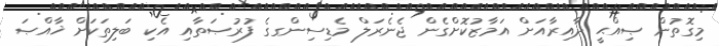
މިގޮތުން ޞިއްޙީ ދާއިރާއަށް އަމާޒުކޮށްގެން ޖެނެރަލް މެޑިސިންގގެ ފުރުޞަތާއި އެކި ބަލިތަކަށް ޚާއްޞަ